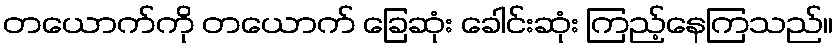
တယောက်ကို တယောက် ခြေဆုံး ခေါင်းဆုံး ကြည့်နေကြသည်။